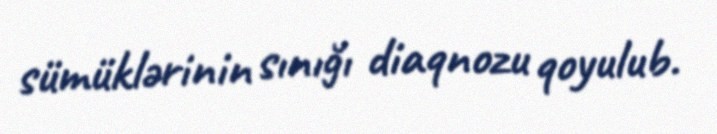
sümüklərinin sınığı diaqnozu qoyulub.